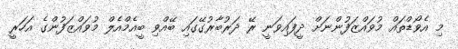
މި އެވޯޑްތައް މުވައްޒަފުންނަށް ދީފައިވަނީ ރޭ ދަރުބާރުގޭގައި ބޭއްވި ބީއެމްއެލް މުވައްޒަފުންގެ އަހަރީ